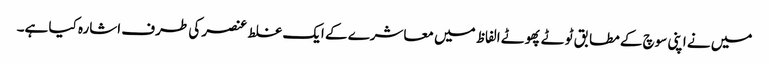
میں نے اپنی سوچ کے مطابق ٹوٹے پھوٹے الفاظ میں معاشرے کے ایک غلط عنصر کی طرف اشارہ کیا ہے۔